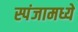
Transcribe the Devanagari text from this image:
स्पंजामध्ये